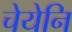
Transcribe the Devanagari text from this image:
चेयेनि